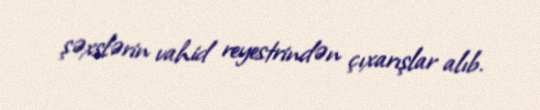
şəxslərin vahid reyestrindən çıxarışlar alıb.